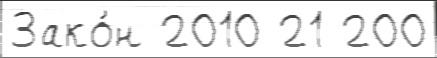
Зако́н 2010 21 200